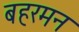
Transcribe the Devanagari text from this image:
बहरमन